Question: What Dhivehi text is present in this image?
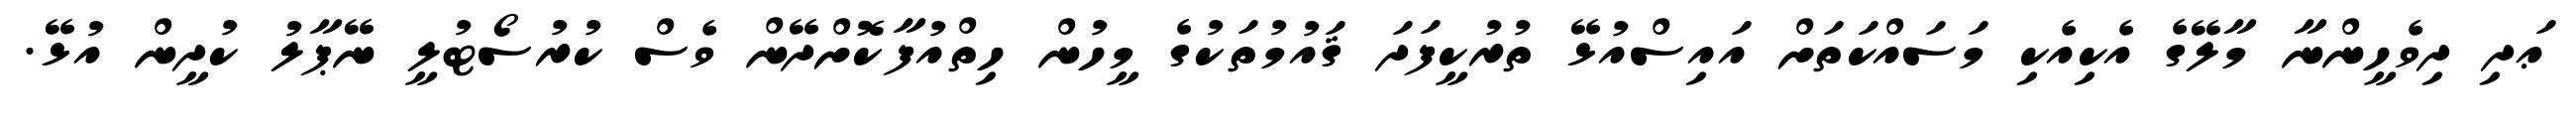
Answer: ޢަދި ދިވެހީންނާ މާލޭގެ އެކިއެކި މަސައްކަތަށް އައިސްއުޅޭ ތުރުކީފަދަ ޤައުމުތަކުގެ މީހުން ހިތްއުފާކޮށްދޭން ވެސް ކުރުސޯޓުލީ ނޭޕާލު ކުދީން އުޅޭ.